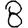
Digit: 8